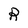
Character: R